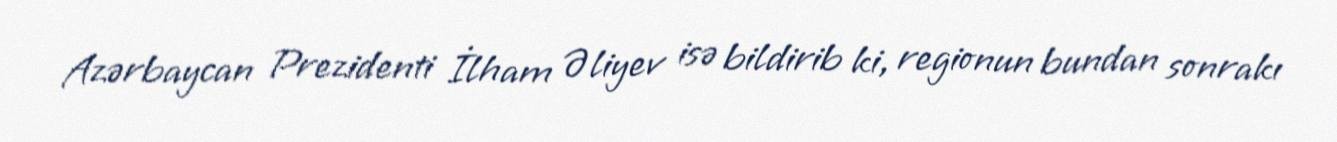
Azərbaycan Prezidenti İlham Əliyev isə bildirib ki, regionun bundan sonrakı